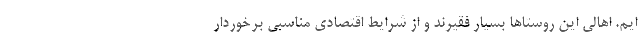
ایم. اهالی این روستاها بسیار فقیرند و از شرایط اقتصادی مناسبی برخوردار